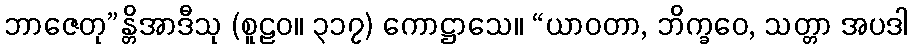
ဘာဇေတု”န္တိအာဒီသု (စူဠဝ။ ၃၁၇) ကောဋ္ဌာသေ။ “ယာဝတာ, ဘိက္ခဝေ, သတ္တာ အပဒါ